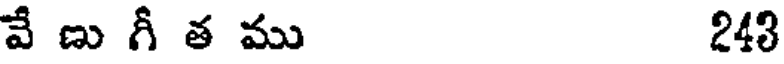
వే ణు గీ త ము 243